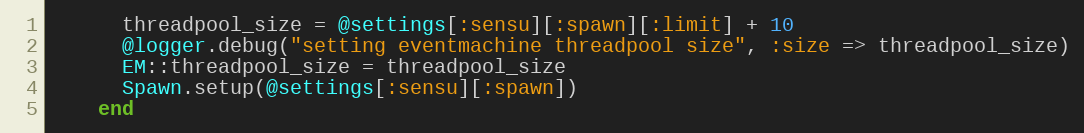
Language: Ruby
      threadpool_size = @settings[:sensu][:spawn][:limit] + 10
      @logger.debug("setting eventmachine threadpool size", :size => threadpool_size)
      EM::threadpool_size = threadpool_size
      Spawn.setup(@settings[:sensu][:spawn])
    end